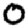
Digit: 0